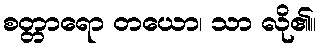
စတ္တာရော တယော၊ သာ လို၏။